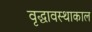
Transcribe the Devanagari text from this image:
वृद्धावस्थाकाल